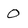
Character: 0